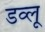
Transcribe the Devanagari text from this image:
डव्लू